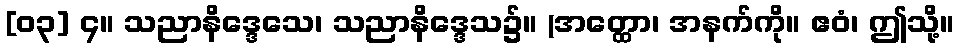
[၀၃] ၄။ သညာနိဒ္ဒေသေ၊ သညာနိဒ္ဒေသ၌။ (အတ္ထော၊ အနက်ကို။ ဧဝံ၊ ဤသို့။